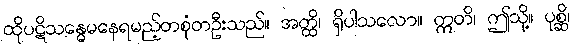
ထိုပဋိသန္ဓေမနေရမည့်တစုံတဦးသည်။ အတ္ထိ၊ ရှိပါသလော။ ဣတိ၊ ဤသို့။ ပုစ္ဆိ၊